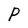
Character: P